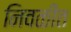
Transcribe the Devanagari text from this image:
निवळीत